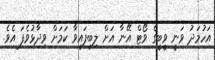
އަހުމަދު ވަނީ ވީބީގެ ވޯޓް އޭނާ އަށް ލިބިފައިވާ ކަމަށް ވިދާޅުވެފަ އެވެ.